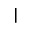
\mid